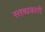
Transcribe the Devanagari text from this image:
स्तब्धकारी